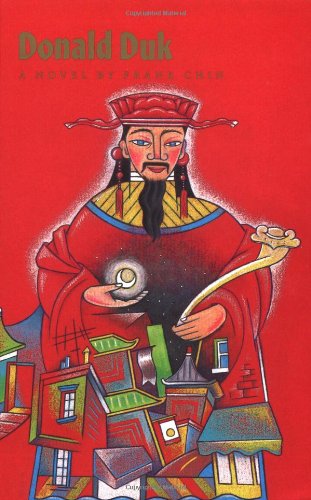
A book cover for Donald Duk; Frank Chin; Literature & Fiction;